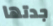
جدتها